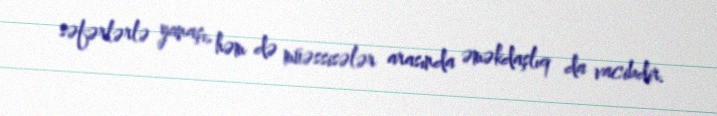
səfərlərlə yanaşı, həm də müəssisələr arasında əməkdaşlıq da vacibdir.